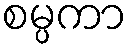
စမ္ပကာ